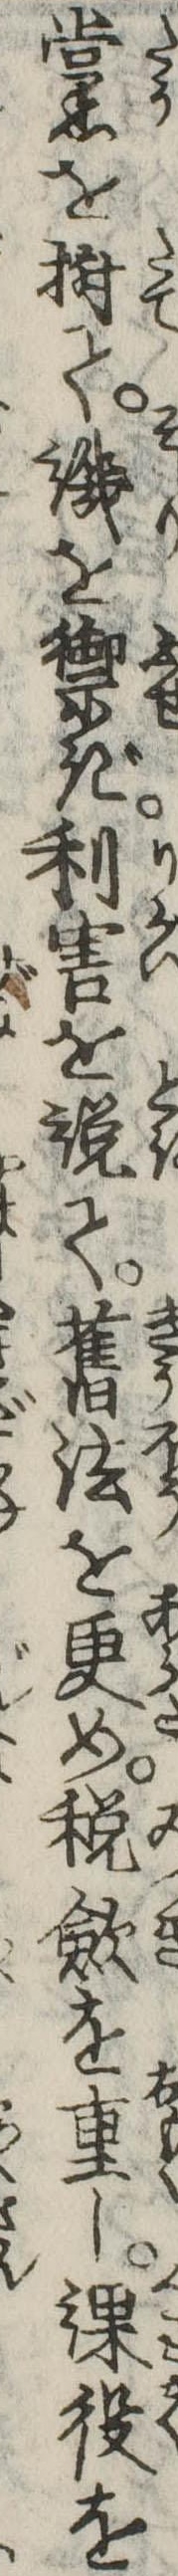
黨を樹て譏を禦ぎ利害を説て旧法を更め税歛を重し課役を